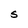
Character: S